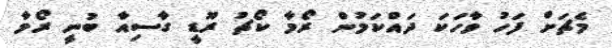
މެޗަށް ފަހު ވާހަކަ ދައްކަމުން ރޯމާ ކޯޗު ރޫޑީ ގާސިއާ ބުނީ ރޯމާ